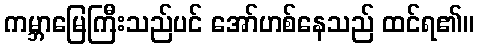
ကမ္ဘာမြေကြီးသည်ပင် အော်ဟစ်နေသည် ထင်ရ၏။